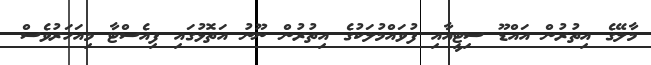
މާލޭގެ އިތުރުން އައްޑޫ ސިޓީއާއި ފުވައްމުލަކުގެ އިތުރުން ނޫނު އަތޮޅުގައި ފިއެސްޓާ މިއަހަރުވެސް